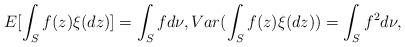
LaTeX: \begin{align*}E[\int_Sf(z)\xi (dz)]=\int_Sfd\nu ,Var(\int_Sf(z)\xi (dz))=\int_Sf^2d\nu ,\end{align*}